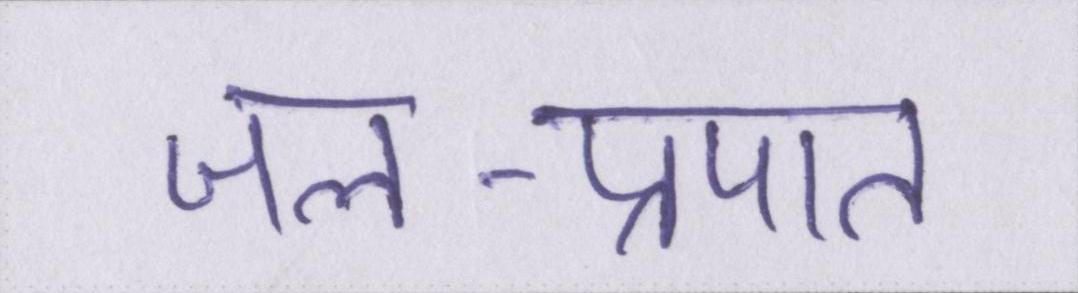
जल-प्रपात